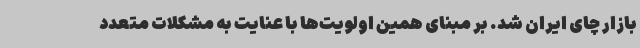
بازار چای ایران شد. بر مبنای همین اولویت‌ها با عنایت به مشکلات متعدد